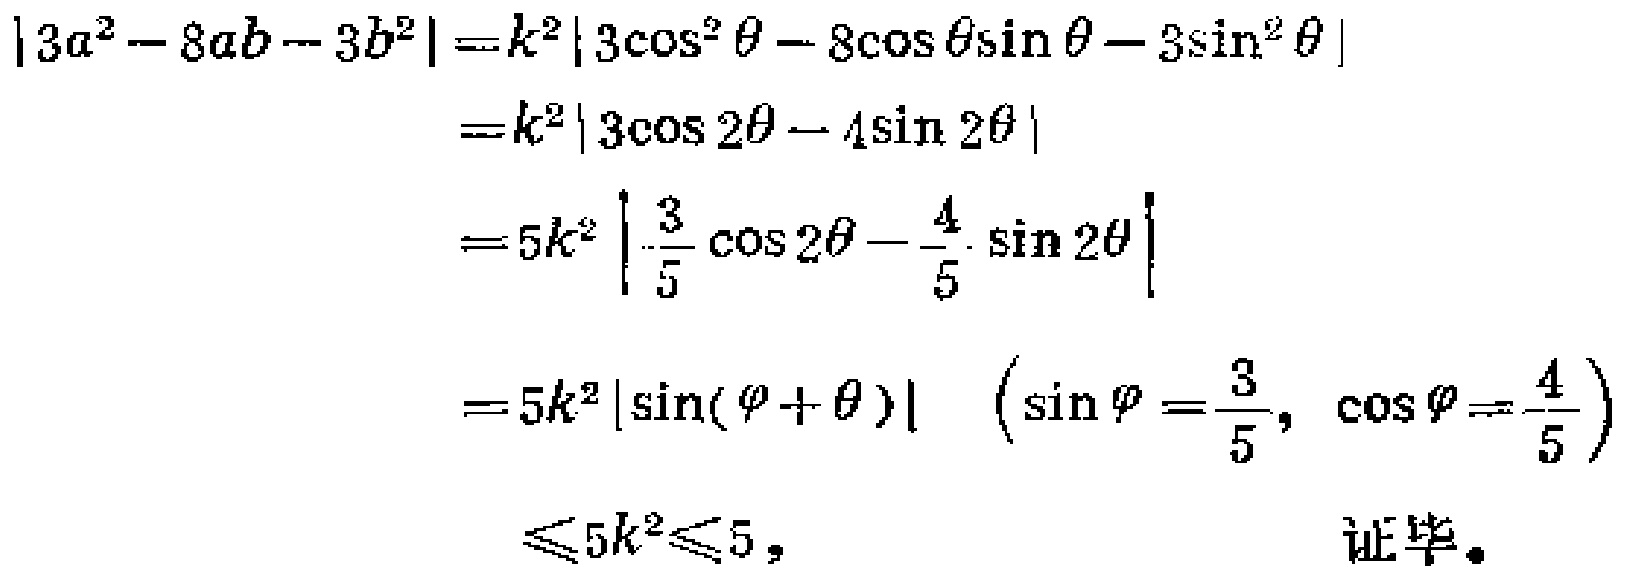
\[

\begin{align*}

\left|3a^{2}-8ab - 3b^{2}\right|&=k^{2}\left|3\cos^{2}\theta-8\cos\theta\sin\theta - 3\sin^{2}\theta\right|\\

&=k^{2}\left|3\cos2\theta-4\sin2\theta\right|\\

&=5k^{2}\left|\frac{3}{5}\cos2\theta-\frac{4}{5}\sin2\theta\right|\\

&=5k^{2}\left|\sin(\varphi+\theta)\right|\quad\left(\sin\varphi=\frac{3}{5},\ \cos\varphi=\frac{4}{5}\right)\\

&\leqslant5k^{2}\leqslant5,

\end{align*}

\]

证毕。